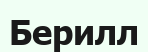
Берилл